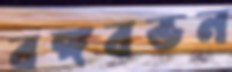
বঙ্গবভন